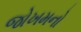
જોખમનો